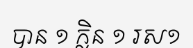
បាន ១ ក្លិន ១ រស១